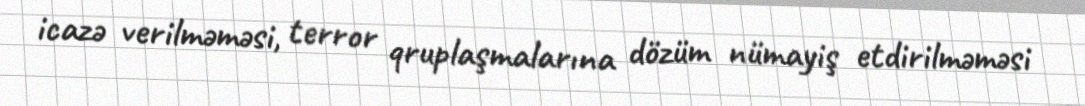
icazə verilməməsi, terror qruplaşmalarına dözüm nümayiş etdirilməməsi